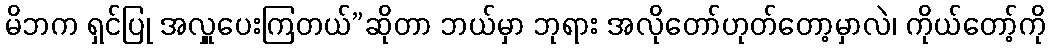
မိဘက ရှင်ပြု အလှူပေးကြတယ်”ဆိုတာ ဘယ်မှာ ဘုရား အလိုတော်ဟုတ်တော့မှာလဲ၊ ကိုယ်တော့်ကို